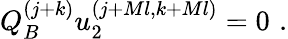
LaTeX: Q_{B}^{(j+k)}u_{2}^{(j+Ml,k+Ml)}=0\, \, .